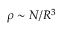
\rho \sim N / R ^ { 3 }